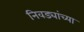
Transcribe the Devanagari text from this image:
निवड्यांच्या